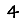
Digit: 4